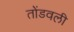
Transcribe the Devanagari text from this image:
तोंडवली